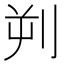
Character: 𪟄